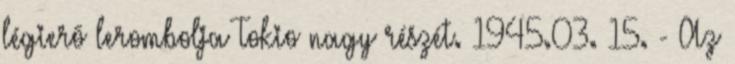
légierõ lerombolja Tokio nagy részét. 1945.03. 15. - Az